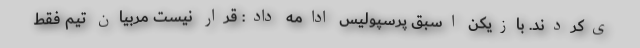
ی‌کردند. بازیکن اسبق پرسپولیس ادامه داد: قرار نیست مربیان تیم فقط